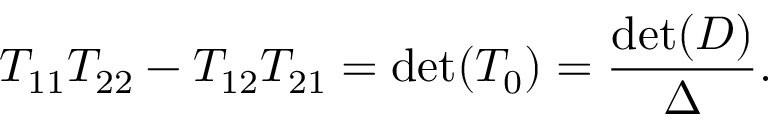
T _ { 1 1 } T _ { 2 2 } - T _ { 1 2 } T _ { 2 1 } = \operatorname * { d e t } ( T _ { 0 } ) = \frac { \operatorname * { d e t } ( D ) } { \Delta } .